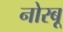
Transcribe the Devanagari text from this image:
नोरबू